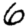
Digit: 6